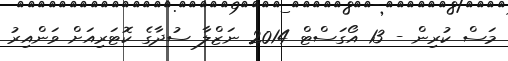
މަސް ކުރިން - 13 އޯގަސްޓް 2014 ނަޒްލާ ސުދާގެ ކޮޓަރިއަށް ވަންއިރު